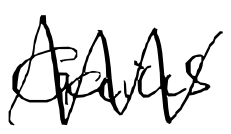
Text: Gaius
Cross-out: zig-zag
Writing tool: digital_black